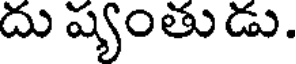
దు ష్యంతుడు.